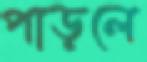
পাড়লে